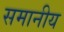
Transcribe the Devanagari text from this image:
समानीय